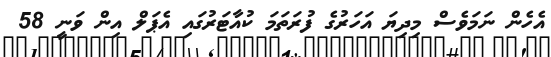
އެހެން ނަމަވެސް މިދިޔަ އަހަރުގެ ފުރަތަމަ ކުއާޓަރުގައި އެޕަލް އިން ވަނީ 58